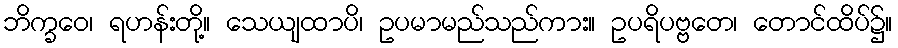
ဘိက္ခဝေ၊ ရဟန်းတို့။ သေယျထာပိ၊ ဥပမာမည်သည်ကား။ ဥပရိပဗ္ဗတေ၊ တောင်ထိပ်၌။